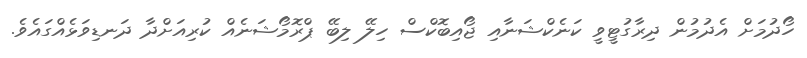
ހޯދުމަށް އެދުމުން ދިރާގުޓީވީ ކަނެކްޝަނާއި ޖޯއިބޮކްސް ހިލޭ ލިބޭ ޕްރޮމޯޝަނެއް ކުރިއަށްދާ ދަނޑިވަޅެއްގައެވެ.